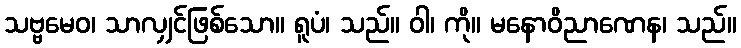
သဗ္ဗမေဝ၊ သာလျှင်ဖြစ်သော။ ရူပံ၊ သည်။ ဝါ၊ ကို။ မနောဝိညာဏေန၊ သည်။